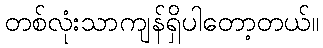
တစ်လုံးသာကျန်ရှိပါတော့တယ်။